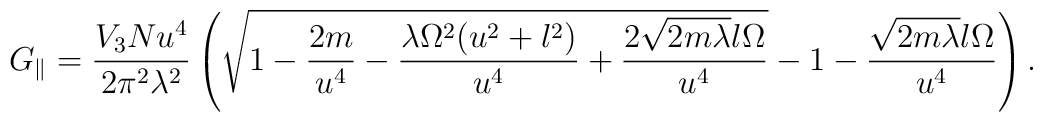
G_{\parallel}= \frac{V_3N u^4}{2\pi^2 \lambda ^2}\left ( \sqrt{1-\frac{2m}     {u^4 }-\frac{\lambda  \Omega^2(u^2+l^2) }{ u^4}      +\frac{2\sqrt{2m\lambda}l\Omega}{ u^4}      }-1 -\frac{\sqrt{2m\lambda}l\Omega}{ u^4}     \right).